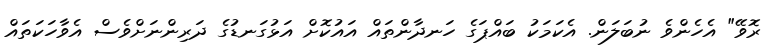
ރޮވޭ" އެހެންވެ ނުބަލަން. އެކަމަކު ބައްޕަގެ ހަނދާންތައް އައުކޮށް އަޅުގަނޑުގެ ދަރިންނަށްވެސް އެވާހަކަތައް